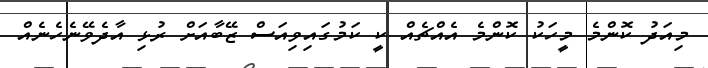
މިއަދު ކޮންމެ މީހަކު ކޮންމެ އެއްޗެއް ކީ ކަމުގައިވިއަސް ޒޭބާއަށް ރުޅި އާދެވޭނެހެނެއް